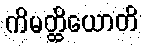
ကိမတ္ထိယောတိ